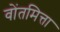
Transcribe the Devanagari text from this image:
वोंतमित्ता